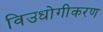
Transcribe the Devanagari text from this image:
विउधोगीकरण